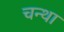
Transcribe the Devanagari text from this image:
चन्था